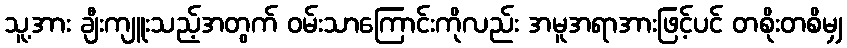
သူ့အား ချီးကျူးသည့်အတွက် ဝမ်းသာကြောင်းကိုလည်း အမူအရာအားဖြင့်ပင် တစိုးတစိမျှ